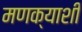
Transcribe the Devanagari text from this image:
मणक्याशी